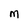
Character: M